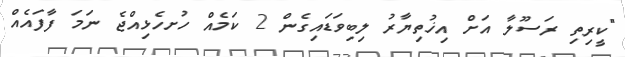
"ކީރިތި ރަސޫލާ އަށް އިޚުތިޔާރު ލިބިވަޑައިގެން 2 ކަމެއް ހުށހެޅިއްޖެ ނަމަ ފާފައެއް